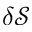
\delta \mathcal { S }